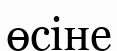
өсіне